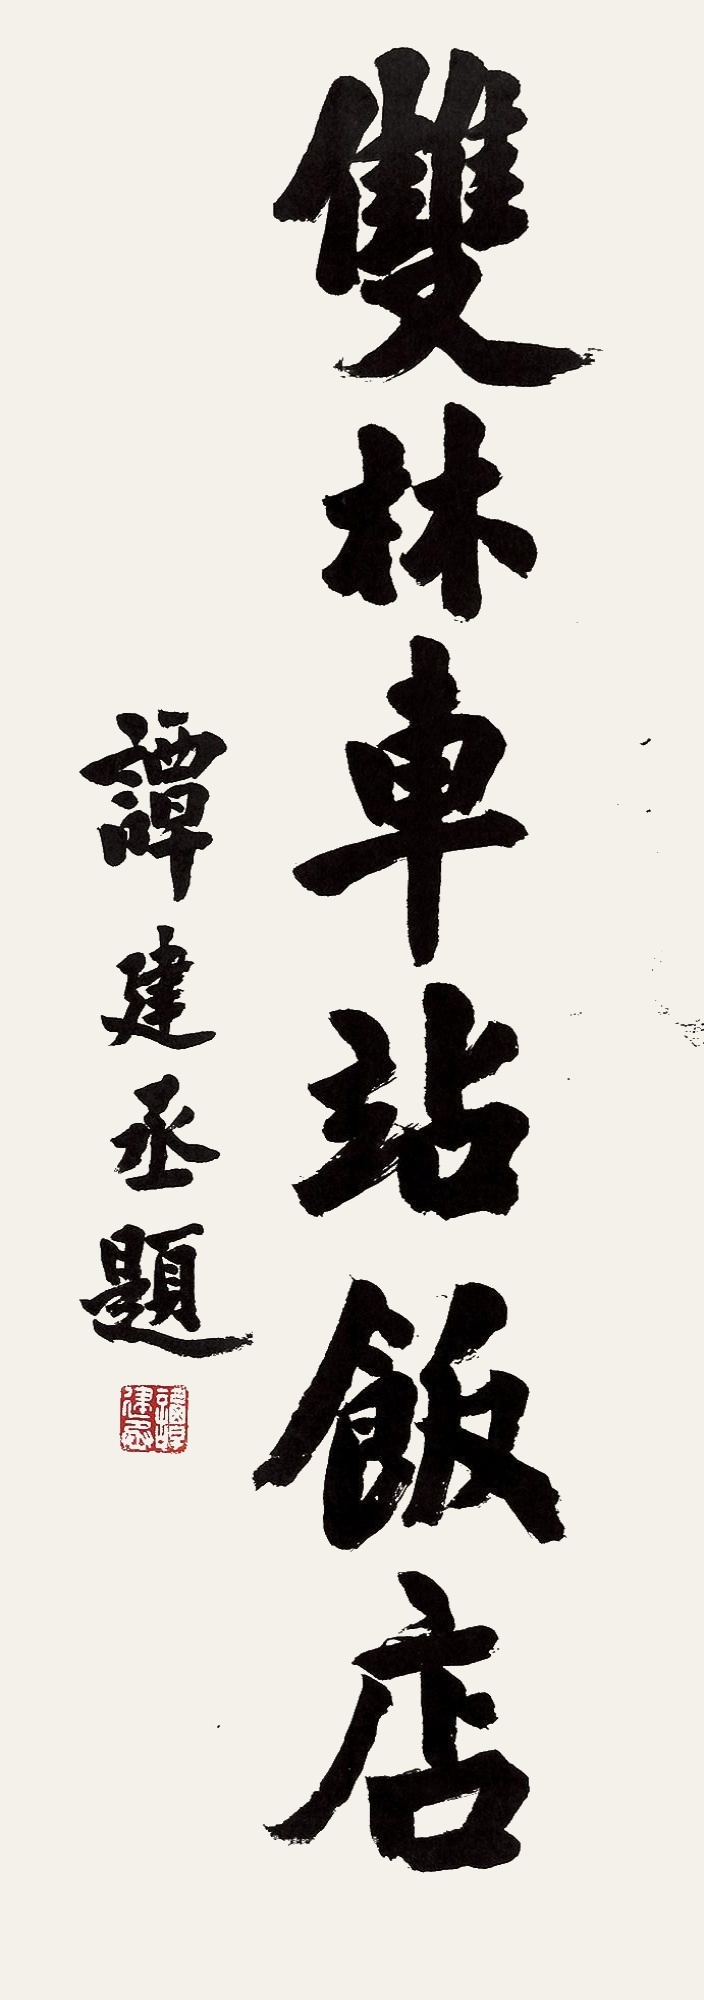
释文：双林车站饭店。谭建丞题。